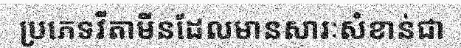
ប្រភេទវីតាមីនដែលមានសារៈសំខាន់ជា